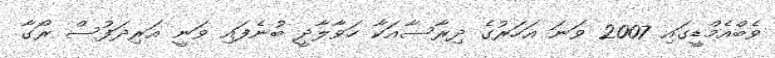
ވެބްއެމްޑީގައި 2007 ވަނަ އަހަރުގެ ދިރާސާއަކާ ހަވާލާދީ ބުނެފައި ވަނީ އަރިދަފުސް ރޯގާ